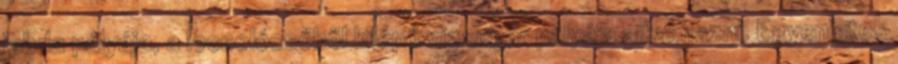
labda pályája, a locsolócsőből kilépő vízsugár pályája alkalmazni. Egyenletes